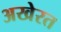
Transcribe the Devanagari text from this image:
अखेरत